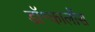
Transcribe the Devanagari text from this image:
डॉ॰कार्लोस